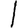
Digit: 1